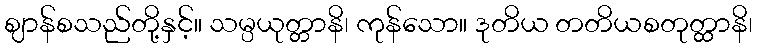
ဈာန်စသည်တို့နှင့်။ သမ္ပယုတ္တာနိ၊ ကုန်သော။ ဒုတိယ တတိယစတုတ္ထာနိ၊